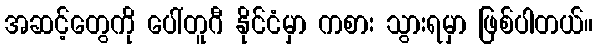
အဆင့်တွေကို ပေါ်တူဂီ နိုင်ငံမှာ ကစား သွားရမှာ ဖြစ်ပါတယ်။